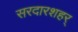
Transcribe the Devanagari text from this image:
सरदारशहर्